Plague in India, 1896, 1897 - Volume 1
Year: 1896
Disease focus: Plague
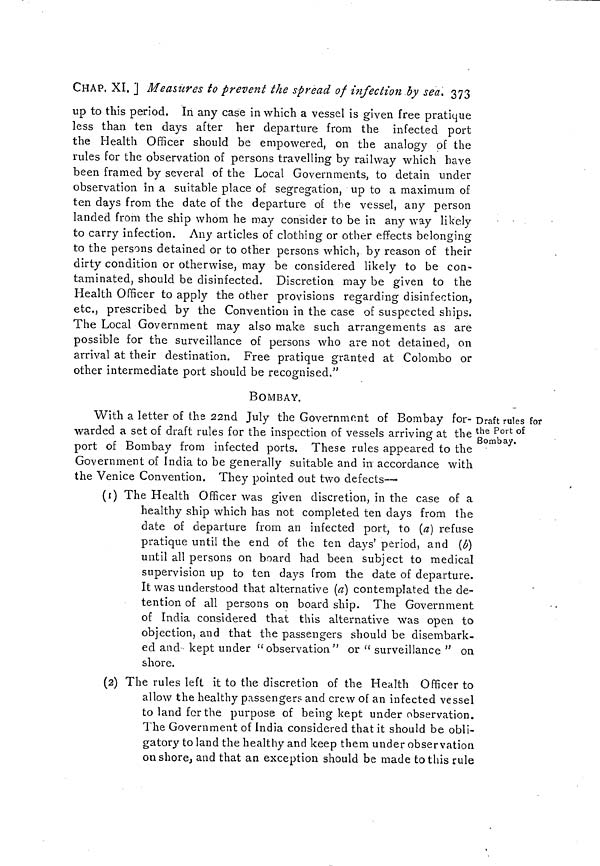
CHAP. XI. ] Measures to prevent the spread of infection by sea. 373
up to this period. In any case in which a vessel is given free pratique
less than ten days after her departure from the infected port
the Health Officer should be empowered, on the analogy of the
rules for the observation of persons travelling by railway which have
been framed by several of the Local Governments, to detain under
observation in a suitable place of segregation, up to a maximum of
ten days from the date of the departure of the vessel, any person
landed from the ship whom he may consider to be in any way likely
to carry infection. Any articles of clothing or other effects belonging
to the persons detained or to other persons which, by reason of their
dirty condition or otherwise, may be considered likely to be con-
taminated, should be disinfected. Discretion may be given to the
Health Officer to apply the other provisions regarding disinfection,
etc., prescribed by the Convention in the case of suspected ships.
The Local Government may also make such arrangements as are
possible for the surveillance of persons who are not detained, on
arrival at their destination. Free pratique granted at Colombo or
other intermediate port should be recognised."
BOMBAY.
Draft rules for
the Port of
Bombay.
With a letter of the 22nd July the Government of Bombay for-
warded a set of draft rules for the inspection of vessels arriving at the
port of Bombay from infected ports. These rules appeared to the
Government of India to be generally suitable and in accordance with
the Venice Convention. They pointed out two defects—
(1) The Health Officer was given discretion, in the case of a
healthy ship which has not completed ten days from the
date of departure from an infected port, to (a) refuse
pratique until the end of the ten days' period, and (b)
until all persons on board had been subject to medical
supervision up to ten days from the date of departure.
It was understood that alternative (a) contemplated the de-
tention of all persons on board ship. The Government
of India considered that this alternative was open to
objection, and that the passengers should be disembark-
ed and kept under "observation" or " surveillance " on
shore.
(2) The rules left it to the discretion of the Health Officer to
allow the healthy passenger? and crew of an infected vessel
to land for the purpose of being kept under observation.
The Government of India considered that it should be obli-
gatory to land the healthy and keep them under observation
on shore, and that an exception should be made to this rule